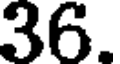
36.